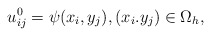
\begin{align*} u_{ij}^{0}=\psi(x_i,y_j),(x_i.y_j)\in\Omega_h, \end{align*}